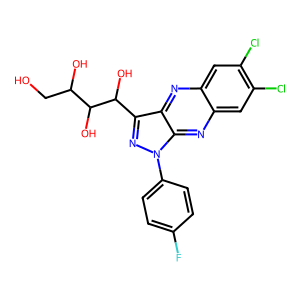
SMILES: OCC(O)C(O)C(O)c1nn(-c2ccc(F)cc2)c2nc3cc(Cl)c(Cl)cc3nc12
Inhibits HIV replication: No